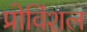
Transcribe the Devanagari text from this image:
प्रोविंशल